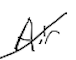
Text: Air
Cross-out: mix
Writing tool: digital_black